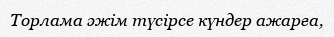
Торлама əжім түсірсе күндер ажарға,